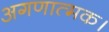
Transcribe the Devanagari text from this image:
अगणात्मक।